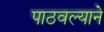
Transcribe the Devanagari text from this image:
पाठवल्याने